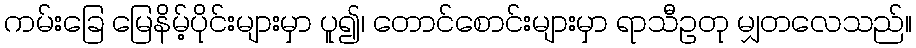
ကမ်းခြေ မြေနိမ့်ပိုင်းများမှာ ပူ၍၊ တောင်စောင်းများမှာ ရာသီဥတု မျှတလေသည်။